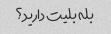
بله بلیت دارید؟